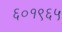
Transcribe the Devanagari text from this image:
६०१९६५